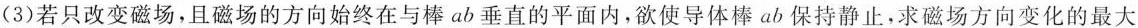
(3)若只改变磁场，且磁场的方向始终在与棒ab垂直的平面内，欲使导体棒ab保持静止，求磁场方向变化的最大